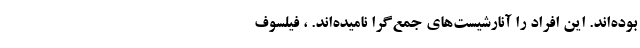
بوده‌اند. این افراد را آنارشیست‌های جمع‌گرا نامیده‌اند. ، فیلسوف